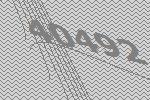
40492